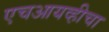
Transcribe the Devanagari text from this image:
एचआयव्हीचा